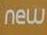
new